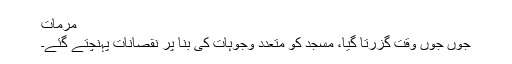
مرمات
جوں جوں وقت گزرتا گیا، مسجد کو متعدد وجوہات کی بنا پر نقصانات پہنچتے گئے۔